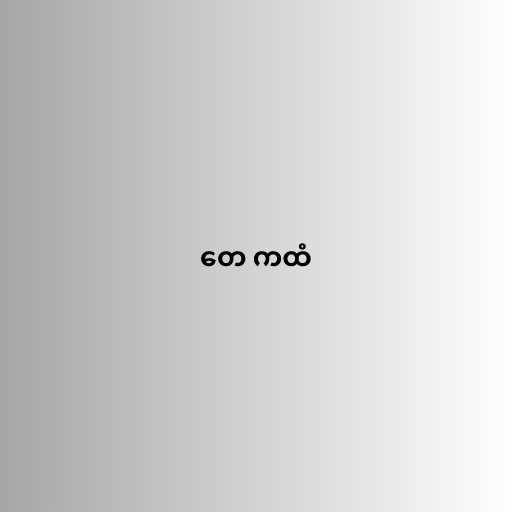
တေ ကထံ